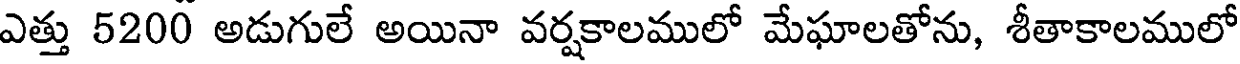
ఎత్తు 5200 అడుగులే అయినా వర్షకాలములో మేఘాలతోను, శీతాకాలములో